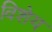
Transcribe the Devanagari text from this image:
विशेय